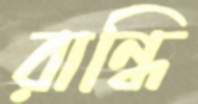
রান্ধি